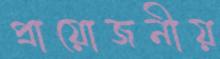
প্রায়োজনীয়